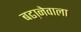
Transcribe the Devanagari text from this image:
बढा़नेवाला